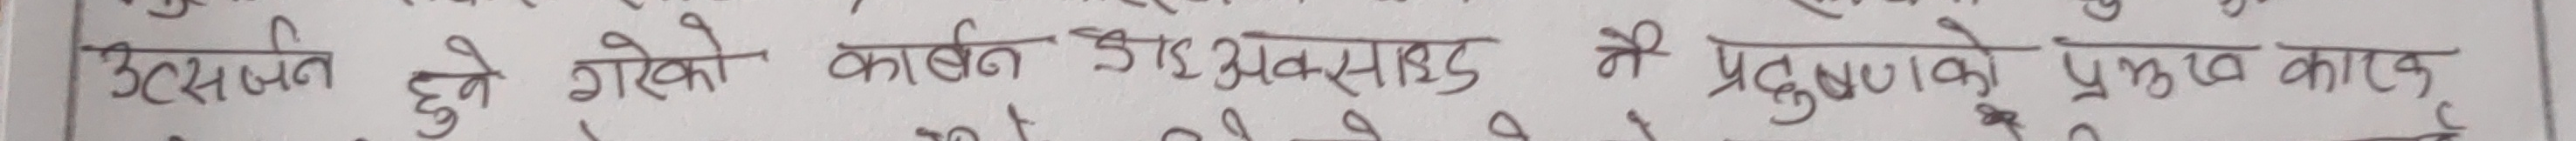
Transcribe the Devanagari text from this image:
उत्सर्जत हुने गरेको कार्बन डाइअक्साइड नै प्रदुषणको प्रमुख कारक